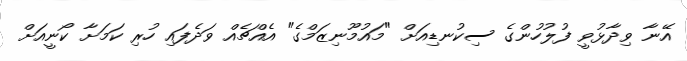
އޭނާ ވިދާޅުވީ ފުލުހުންގެ ސިކުނޑިއަށް "މައުމޫނިޒަމްގެ" އެއްޗެއް ވަދެފައި ހުރި ކަމަށާ ކޯނީއަށް